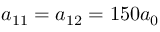
a _ { \mathrm { 1 1 } } = a _ { \mathrm { 1 2 } } = 1 5 0 a _ { 0 }